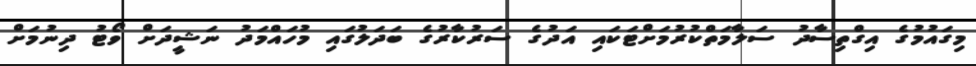
މިގައުމުގެ އިގްތިސާދު ސަލާމަތްކުރުމަށްޓަކައި އަދުގެ ސަރުކާރުގެ ބަދަލުގައި މުހައްމަދު ނަޝީދަށް ވޯޓު ދިނުމަށް